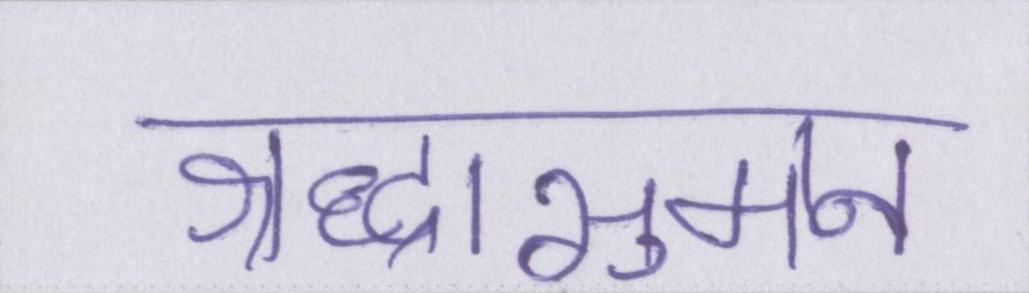
श्रद्धासुमन